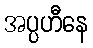
အပ္ပဟီနေ